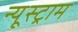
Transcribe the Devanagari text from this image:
न्यूस्ट्राम